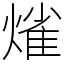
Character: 熦